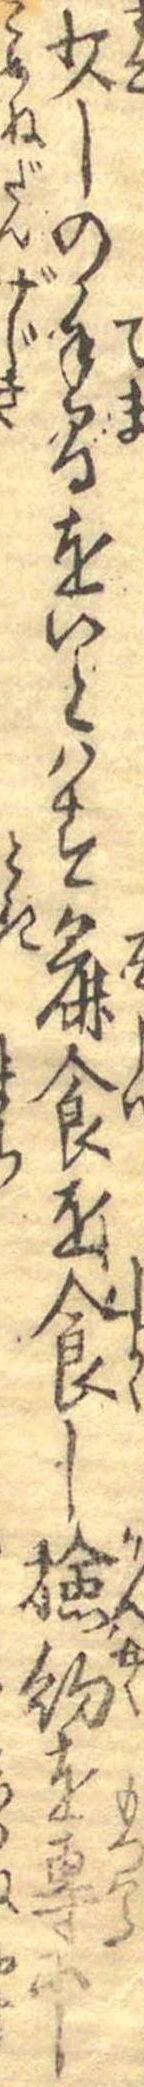
少しの手間をいとはす麁食を食し検約を専にし